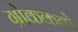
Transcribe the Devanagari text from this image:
ग्रोककनो